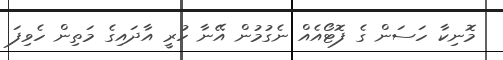
މޮނިކާ ހަސަން ގެ ފޮޓޯއެއް ނެގުމުން އޭނާ ހުރީ އާދައިގެ މަތިން ހެވިފަ